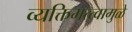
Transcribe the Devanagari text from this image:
व्यक्तिमत्त्वामुळे